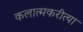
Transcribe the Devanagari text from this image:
कलात्मकरीत्या